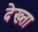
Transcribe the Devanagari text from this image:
देख्ता